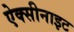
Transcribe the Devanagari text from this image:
ऐक्सीनाइट